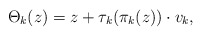
\begin{align*}\Theta_{k}(z)= z + \tau_k(\pi_k(z))\cdot v_k, \end{align*}